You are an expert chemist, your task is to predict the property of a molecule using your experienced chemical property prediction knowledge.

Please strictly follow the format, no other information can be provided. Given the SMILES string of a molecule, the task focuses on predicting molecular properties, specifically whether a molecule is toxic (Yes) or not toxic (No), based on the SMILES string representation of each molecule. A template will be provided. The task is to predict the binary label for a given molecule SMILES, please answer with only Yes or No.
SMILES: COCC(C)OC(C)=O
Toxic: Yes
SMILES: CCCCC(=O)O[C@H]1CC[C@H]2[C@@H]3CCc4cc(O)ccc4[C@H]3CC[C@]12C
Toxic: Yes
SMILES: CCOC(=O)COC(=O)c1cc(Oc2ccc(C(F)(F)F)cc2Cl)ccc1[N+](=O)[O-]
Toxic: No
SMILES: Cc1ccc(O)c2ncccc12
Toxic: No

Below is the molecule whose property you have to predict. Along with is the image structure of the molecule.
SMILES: CCCCCCCCCCC=CC#N
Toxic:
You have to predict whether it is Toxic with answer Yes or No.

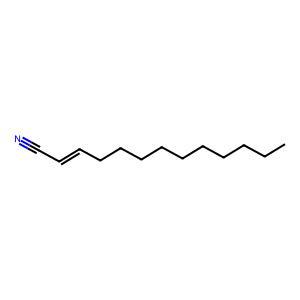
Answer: No